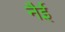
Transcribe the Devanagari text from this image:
नैई